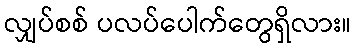
လျှပ်စစ် ပလပ်ပေါက်တွေရှိလား။